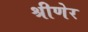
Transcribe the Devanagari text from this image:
श्रीणेर